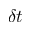
\delta t